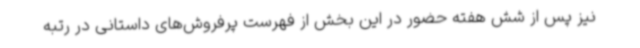
نیز پس از شش هفته حضور در این بخش از فهرست پرفروش‌های داستانی در رتبه